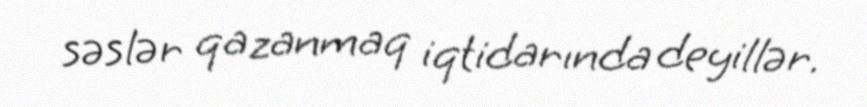
səslər qazanmaq iqtidarında deyillər.